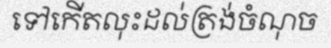
ទៅកើតលុះដល់ត្រង់ចំណុច